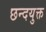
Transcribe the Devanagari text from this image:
छन्दयुक्त